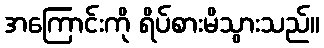
အကြောင်းကို ရိပ်စားမိသွားသည်။